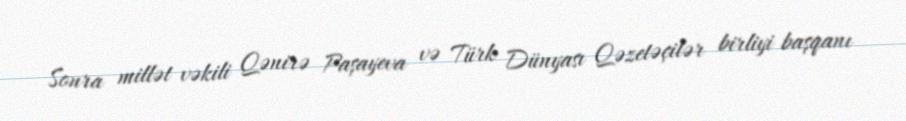
Sonra millət vəkili Qənirə Paşayeva və Türk Dünyası Qəzetəçilər birliyi başqanı